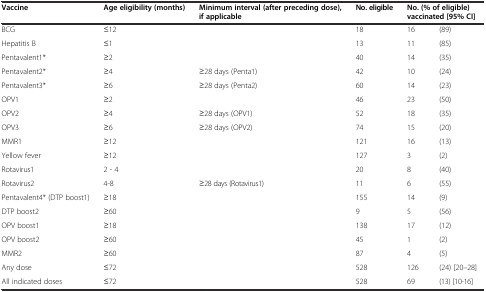
| Vaccine | Age eligibility (months) | Minimum interval (after preceding dose), if applicable | No. eligible | <COLSPAN=2> No. (% of eligible) vaccinated [95% CI] |
 | --- | --- | --- | --- | --- | --- |
 | BCG | ≤12 |  | 18 | 16 | (89) |
 | Hepatitis B | ≤1 |  | 13 | 11 | (85) |
 | Pentavalent1* | ≥2 |  | 40 | 14 | (35) |
 | Pentavalent2* | ≥4 | ≥28 days (Penta1) | 42 | 10 | (24) |
 | Pentavalent3* | ≥6 | ≥28 days (Penta2) | 60 | 14 | (23) |
 | OPV1 | ≥2 |  | 46 | 23 | (50) |
 | OPV2 | ≥4 | ≥28 days (OPV1) | 52 | 18 | (35) |
 | OPV3 | ≥6 | ≥28 days (OPV2) | 74 | 15 | (20) |
 | MMR1 | ≥12 |  | 121 | 16 | (13) |
 | Yellow fever | ≥12 |  | 127 | 3 | (2) |
 | Rotavirus1 | 2 - 4 |  | 20 | 8 | (40) |
 | Rotavirus2 | 4-8 | ≥28 days (Rotavirus1) | 11 | 6 | (55) |
 | Pentavalent4* (DTP boost1) | ≥18 |  | 155 | 14 | (9) |
 | DTP boost2 | ≥60 |  | 9 | 5 | (56) |
 | OPV boost1 | ≥18 |  | 138 | 17 | (12) |
 | OPV boost2 | ≥60 |  | 45 | 1 | (2) |
 | MMR2 | ≥60 |  | 87 | 4 | (5) |
 | Any dose | ≤72 |  | 528 | 126 | (24) [20–28] |
 | All indicated doses | ≤72 |  | 528 | 69 | (13) [10-16] |